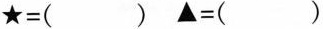
$$★ = ( ) ▲ = ()$$